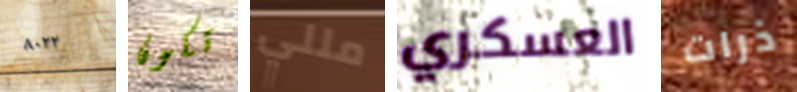
٨٠٢٢ تكون مللي العسكري ذرات